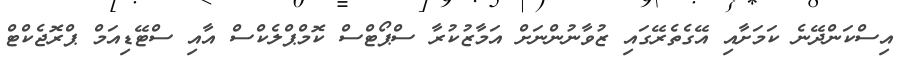
އިސްކަންދޭނެ ކަމަށާއި އޭގެތެރޭގައި ޒުވާނުންނަށް އަމާޒުކުރާ ސްޕޯޓްސް ކޮމްޕްލެކްސް އާއި ސްޓޭޑިއަމް ޕްރޮޖެކްޓް